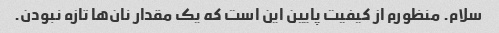
سلام. منظورم از کیفیت پایین این است که یک مقدار نان‌ها تازه نبودن.